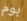
بوم